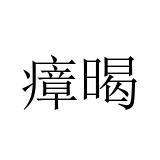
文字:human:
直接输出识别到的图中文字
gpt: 瘴暍